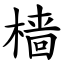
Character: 樯